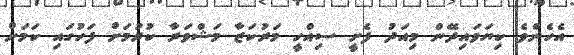
އެހެންވެ ކިޔަވައިދޭން މިއަދު ފެށީ ސިއްހީ މަރުކަޒާ މަޝްވަރާ ކުރުމަށް ފަހުގައި ކަމަށް